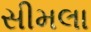
સીમલા